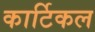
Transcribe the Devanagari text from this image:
कार्टिकल